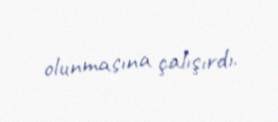
olunmasına çalışırdı.